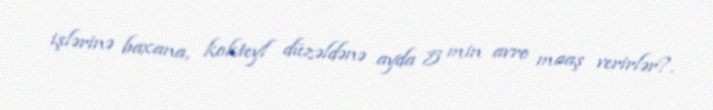
işlərinə baxana, kokteyl düzəldənə ayda 5 min avro maaş verirlər?.